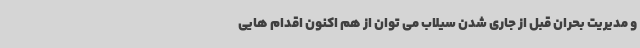
و مدیریت بحران قبل از جاری شدن سیلاب می توان از هم اکنون اقدام هایی